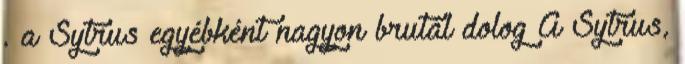
. a Sytrus egyébként nagyon brutál dolog A Sytrus,